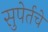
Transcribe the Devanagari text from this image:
सुपेर्तचे